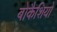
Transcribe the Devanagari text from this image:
बोकैशियो